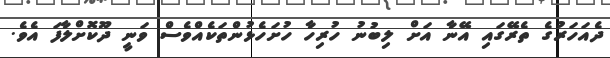
ދެއަހަރުގެ ތެރޭގައި އޭނާ އަށް ލިބުނު ހުރިހާ ހުށަހެޅުންތަކެއްވެސް ވަނީ ދޫކޮށްލާފަ އެވެ.